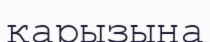
қарызына